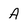
Character: A